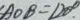
\angle A O B = 1 2 0 ^ { \circ }